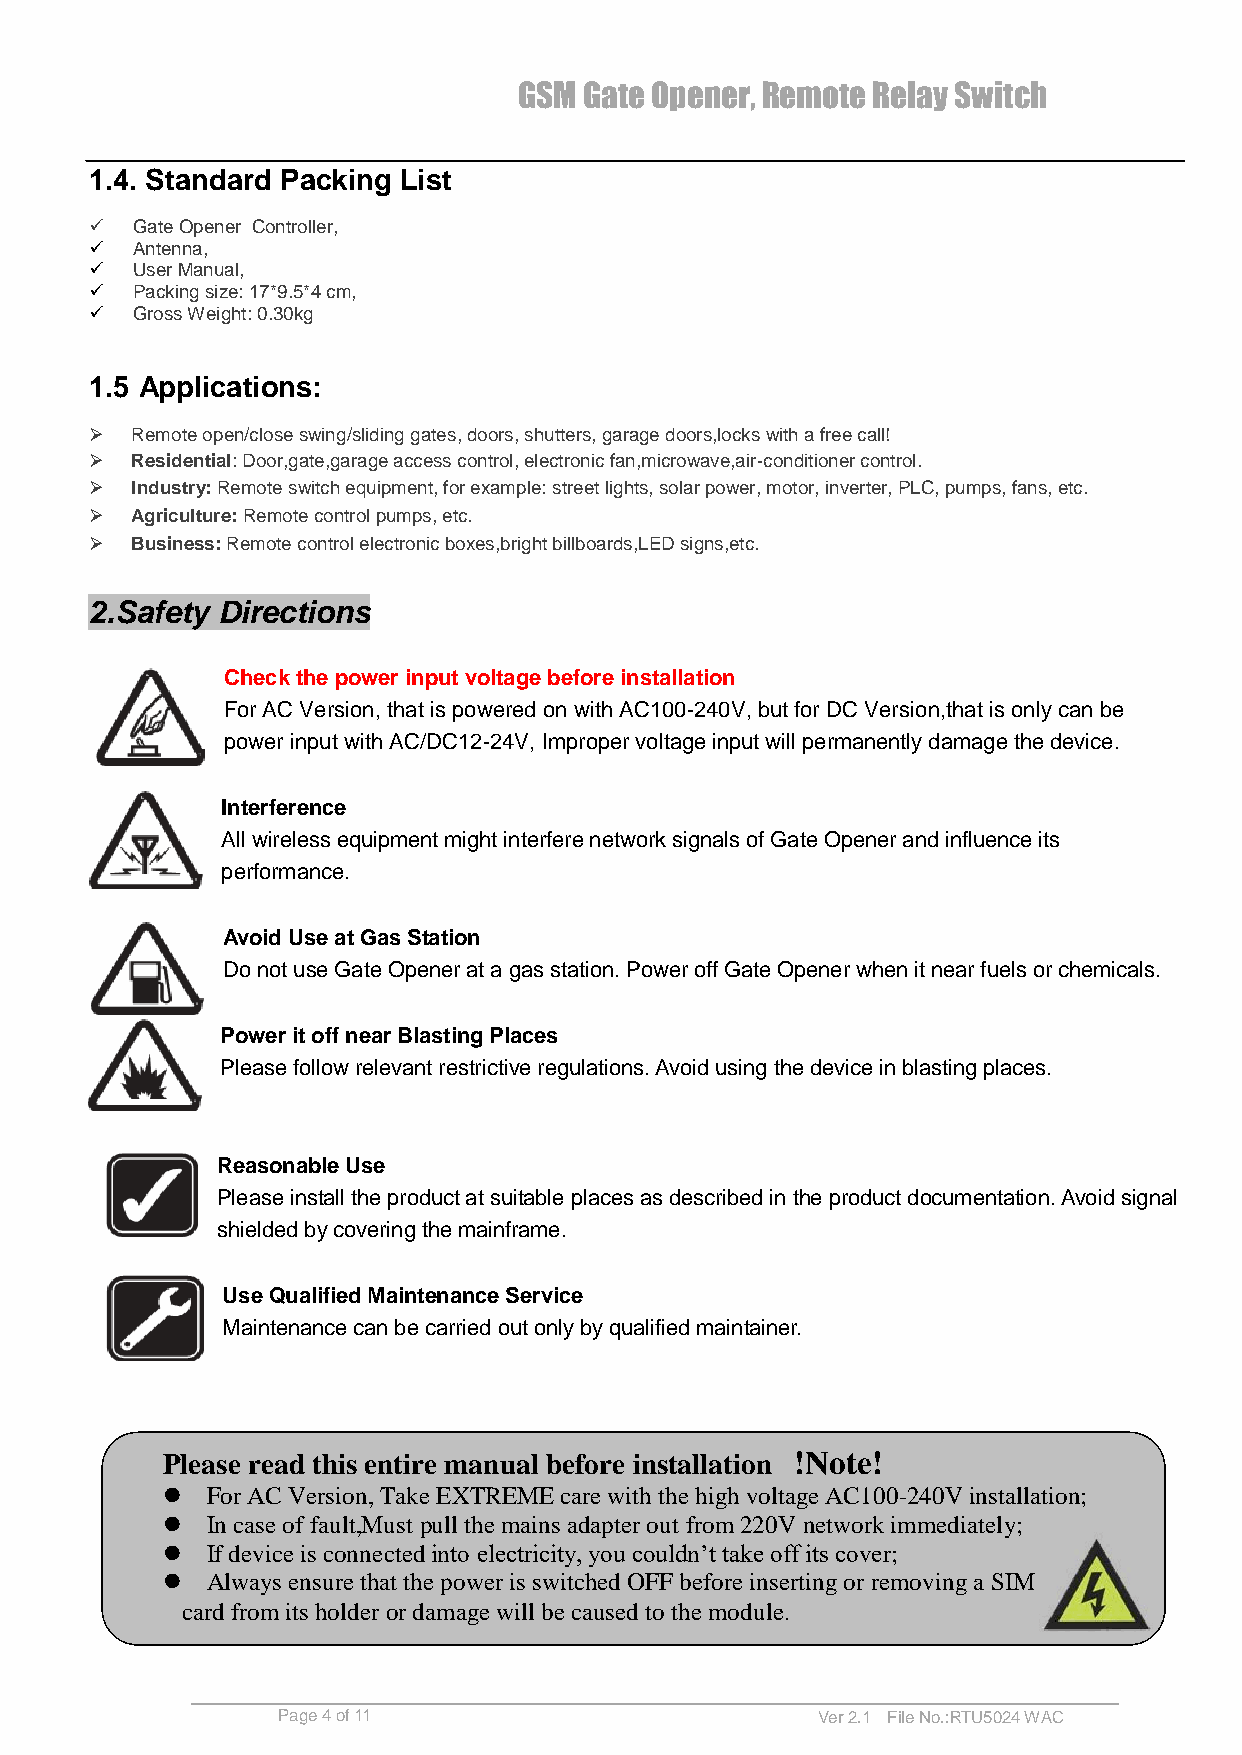
GSM  Gate Opener, Remote Relay Switch
 1.4. Standard Packing List
   Gate Opener Controller,
   Antenna,
   User Manual,
   Packing size: 17*9.5*4 cm,
   Gross Weight: 0.30kg
 1.5 Applications:
   Remote open/close swing/sliding gates, doors, shutters, garage doors,locks with a free call!
   Residential: Door,gate,garage access control, electronic fan,microwave,air-conditioner control.
   Industry: Remote switch equipment, for example: street lights, solar power, motor, inverter, PLC, pumps, fans, etc.
   Agriculture: Remote control pumps, etc.
   Business: Remote control electronic boxes,bright billboards,LED signs,etc.
 2.Safety Directions
 Check the power input voltage before installation
 For AC Version, that is powered on with AC100-240V, but for DC Version,that is only can be
 power input with AC/DC12-24V, Improper voltage input will permanently damage the device.
 Interference
 All wireless equipment might interfere network signals of Gate Opener and influence its
 performance.
 Avoid Use at Gas Station
 Do not use Gate Opener at a gas station. Power off Gate Opener when it near fuels or chemicals.
 Power it off near Blasting Places
 Please follow relevant restrictive regulations. Avoid using the device in blasting places.
 Reasonable Use
 Please install the product at suitable places as described in the product documentation. Avoid signal
 shielded by covering the mainframe.
 Use Qualified Maintenance Service
 Maintenance can be carried out only by qualified maintainer.
 Please read this entire manual before installation !Note!
   For AC Version, Take EXTREME care with the high voltage AC100-240V installation;
   In case of fault,Must pull the mains adapter out from 220V network immediately;
   If device is connected into electricity, you couldn’t take off its cover;
   Always ensure that the power is switched OFF before inserting or removing a SIM
 card from its holder or damage will be caused to the module.
 Page 4 of 11                        Ver 2.1 File No.:RTU5024 WAC